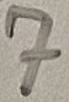
Text: 7